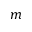
m